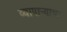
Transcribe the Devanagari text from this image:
व्यापार्‍याचा